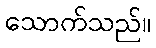
သောက်သည်။